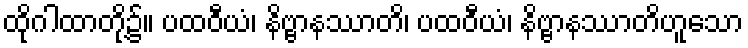
ထိုဂါထာတို့၌။ ပထဝီယံ၊ နိဗ္ဗာနဿာတိ၊ ပထဝီယံ၊ နိဗ္ဗာနဿာတိဟူသော